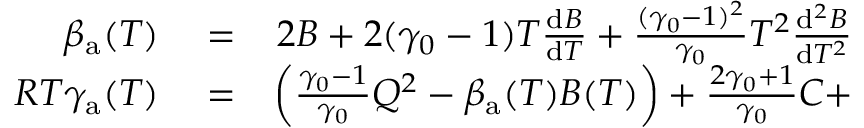
\begin{array} { r l r } { \beta _ { \mathrm { a } } ( T ) } & { { } = } & { 2 B + 2 ( \gamma _ { 0 } - 1 ) T \frac { \mathrm { d } B } { \mathrm { d } T } + \frac { ( \gamma _ { 0 } - 1 ) ^ { 2 } } { \gamma _ { 0 } } T ^ { 2 } \frac { \mathrm { d } ^ { 2 } B } { \mathrm { d } T ^ { 2 } } } \\ { R T \gamma _ { \mathrm { a } } ( T ) } & { { } = } & { \left( \frac { \gamma _ { 0 } - 1 } { \gamma _ { 0 } } Q ^ { 2 } - \beta _ { \mathrm { a } } ( T ) B ( T ) \right) + \frac { 2 \gamma _ { 0 } + 1 } { \gamma _ { 0 } } C + } \end{array}